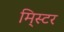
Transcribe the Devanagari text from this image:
मि्स्टर